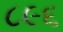
૮૯૬